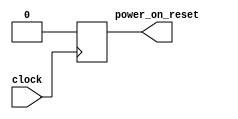

module PowerOnResetFPGAOnly(
  input clock,
  output power_on_reset
);
  reg reset;
  assign power_on_reset = reset;

  initial begin
     reset <= 1'b1;
  end

  always @(posedge clock) begin
     reset <= 1'b0;
  end
endmodule